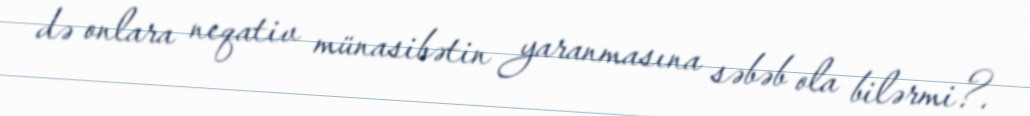
də onlara neqativ münasibətin yaranmasına səbəb ola bilərmi?.